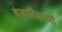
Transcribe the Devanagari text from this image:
कंखावितरणी